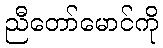
ညီတော်မောင်ကို